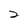
Character: 2